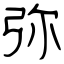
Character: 弥